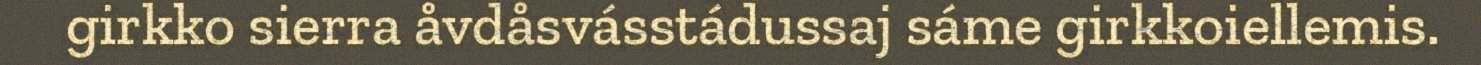
girkko sierra åvdåsvásstádussaj sáme girkkoiellemis.